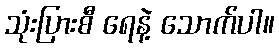
သုံးပြားစီ ရေနဲ့ သောက်ပါ။